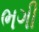
ભગી